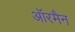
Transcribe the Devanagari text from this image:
ऑरमैन